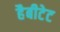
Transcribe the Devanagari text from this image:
हैबीटेट